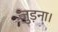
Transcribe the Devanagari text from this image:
जुड़ना।